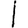
Digit: 1